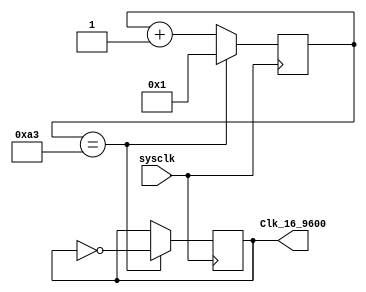
module CLK(sysclk, Clk_16_9600);
input sysclk;
output reg Clk_16_9600;
reg [9:0] count;

initial begin count <= 1;
Clk_16_9600 <= 0;
end always @(posedge sysclk) begin if (count == 10'd163) begin count <= 10'b1;
Clk_16_9600 <= ~Clk_16_9600;
end else count <= count + 10'b1;
end endmodule

    module Test_CLK;
reg sysclk;
initial begin sysclk = 0;
end always begin
# 1 sysclk = ~sysclk;
    end CLK clk1(sysclk, Clk_16_9600);
endmodule